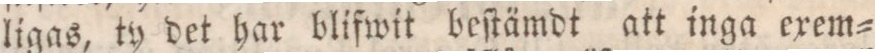
ligas, ty det har blifwit beſtämdt att inga exem=